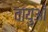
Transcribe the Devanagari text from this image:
वायुओं